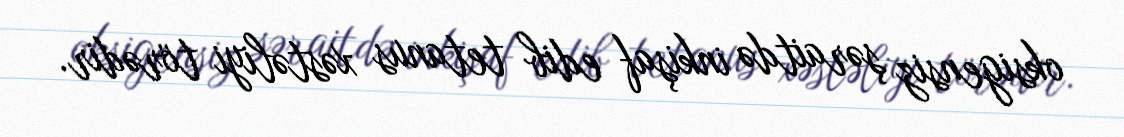
oksigensiz şəraitdə inkişaf edib tetanus xəstəliyi törədir.